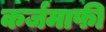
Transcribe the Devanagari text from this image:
कर्जमाफी